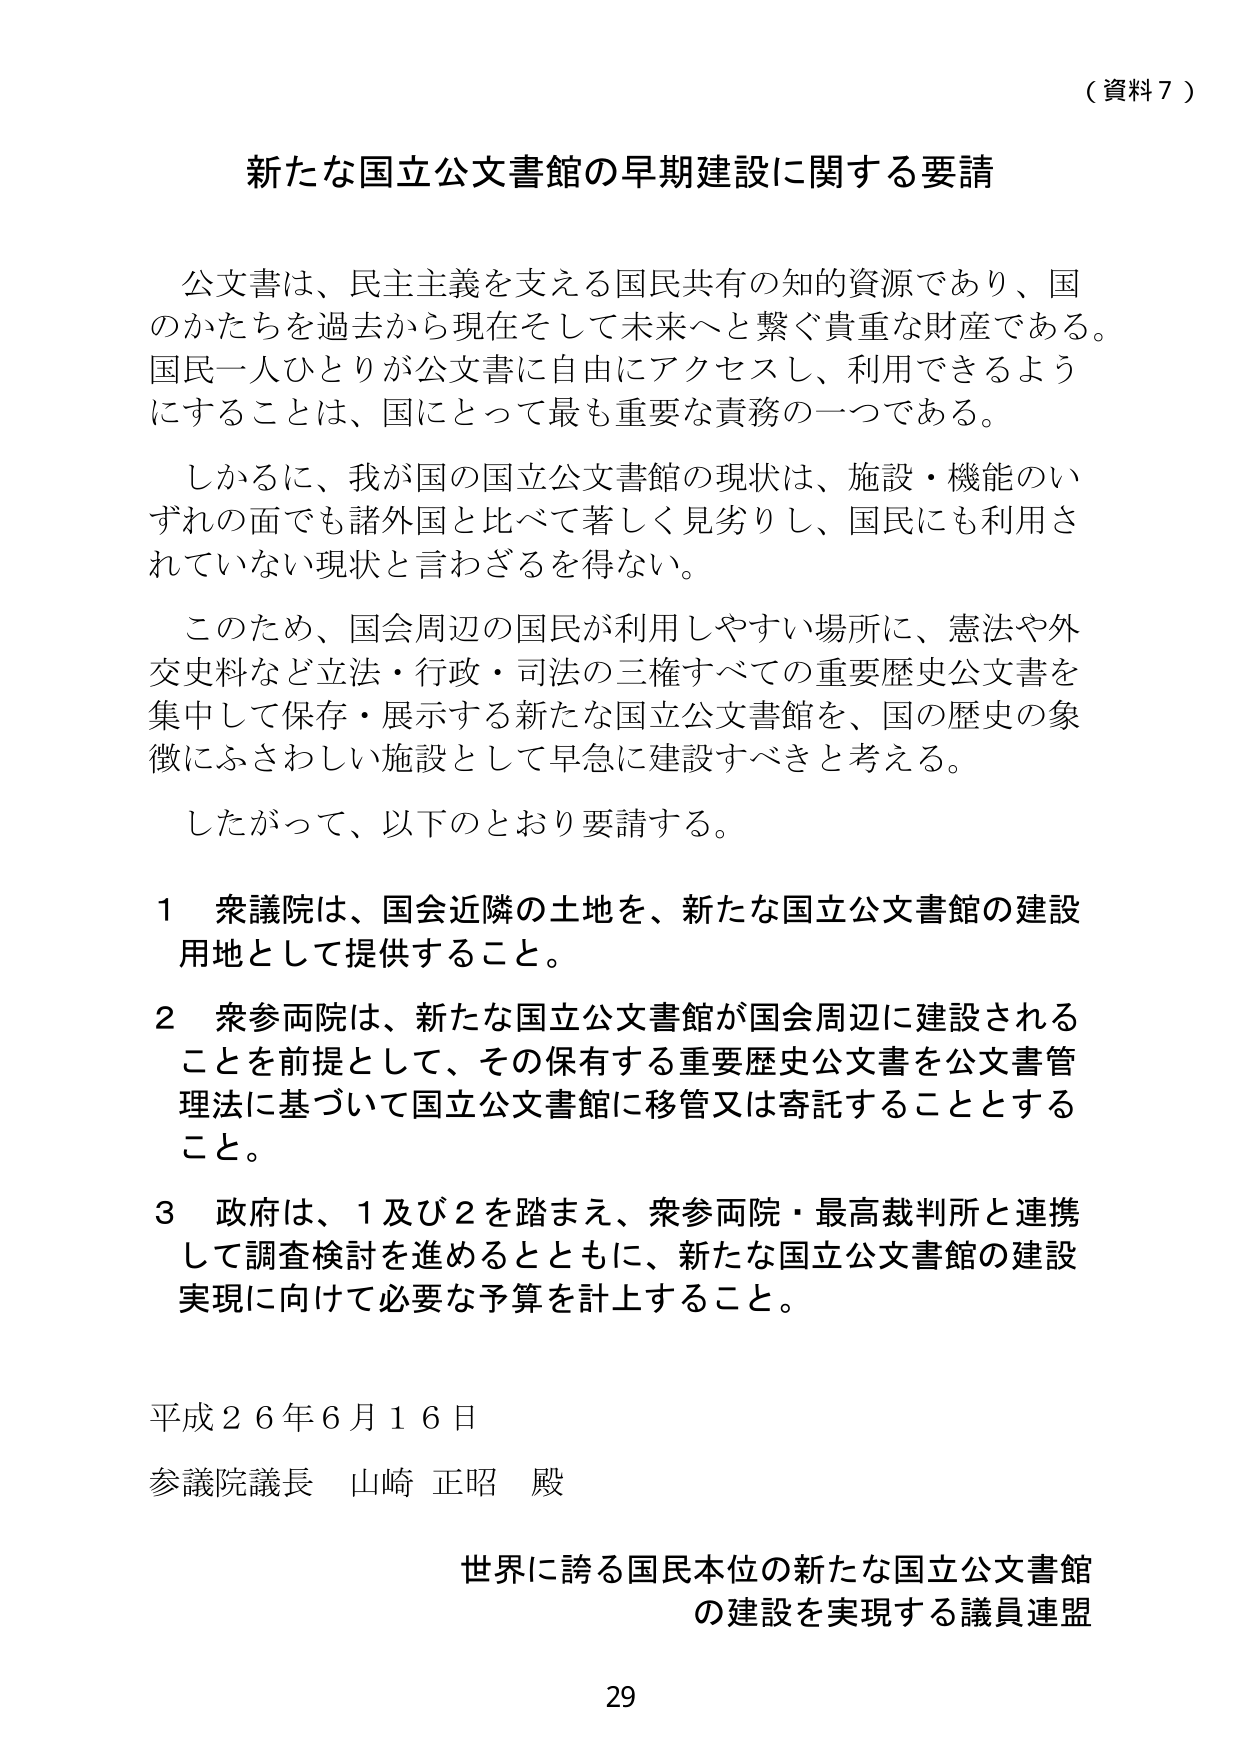
（資料７）

新たな国立公文書館の早期建設に関する要請

公文書は、民主主義を支える国民共有の知的資源であり、国のかたちを過去から現在そして未来へと繋ぐ貴重な財産である。国民一人ひとりが公文書に自由にアクセスし、利用できるようにすることは、国にとって最も重要な責務の一つである。

しかるに、我が国の国立公文書館の現状は、施設・機能のいずれの面でも諸外国と比べて著しく見劣りし、国民にも利用されていない現状と言わざるを得ない。

このため、国会周辺の国民が利用しやすい場所に、憲法や外交史料など立法・行政・司法の三権すべての重要歴史公文書を集めて保存・展示する新たな国立公文書館を、国の歴史の象徴にふさわしい施設として早急に建設すべきと考える。

したがって、以下のとおり要請する。

１ 衆議院は、国会近隣の土地を、新たな国立公文書館の建設用地として提供すること。

２ 衆参両院は、新たな国立公文書館が国会周辺に建設されることを前提として、その保有する重要歴史公文書を公文書管理法に基づいて国立公文書館に移管又は寄託することとする。

３ 政府は、１及び２を踏まえ、衆参両院・最高裁判所と連携して調査検討を進めるとともに、新たな国立公文書館の建設実現に向けて必要な予算を計上すること。

平成２６年６月１６日

参議院議長 山崎 正昭 殿

世界に誇る国民本位の新たな国立公文書館の建設を実現する議員連盟

29